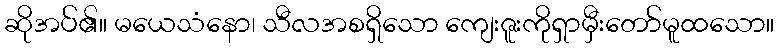
ဆိုအပ်၏။ မယေသံနော၊ သီလအစရှိသော ကျေးဇူးကိုရှာမှီးတော်မူထသော။